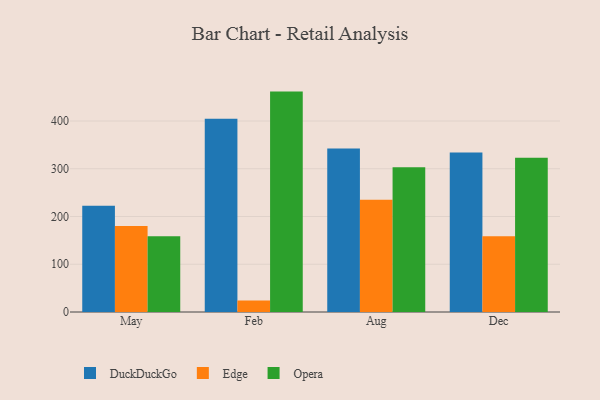
{"axis": {"x": "Month", "y": "Latency (ms)"}, "legend": ["DuckDuckGo", "Edge", "Opera"], "data": [{"x": "May", "y": 222.3, "type": "DuckDuckGo"}, {"x": "May", "y": 180.1, "type": "Edge"}, {"x": "May", "y": 158.4, "type": "Opera"}, {"x": "Feb", "y": 404.8, "type": "DuckDuckGo"}, {"x": "Feb", "y": 24.1, "type": "Edge"}, {"x": "Feb", "y": 461.6, "type": "Opera"}, {"x": "Aug", "y": 342.4, "type": "DuckDuckGo"}, {"x": "Aug", "y": 235.3, "type": "Edge"}, {"x": "Aug", "y": 303.0, "type": "Opera"}, {"x": "Dec", "y": 333.9, "type": "DuckDuckGo"}, {"x": "Dec", "y": 158.5, "type": "Edge"}, {"x": "Dec", "y": 323.0, "type": "Opera"}]}